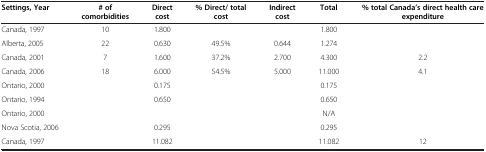
<table><thead><tr><td><b>Settings, Year</b></td><td><b># of comorbidities</b></td><td><b>Direct cost</b></td><td><b>% Direct/ total cost</b></td><td><b>Indirect cost</b></td><td><b>Total</b></td><td><b>% total Canada’s direct health care expenditure</b></td></tr></thead><tbody><tr><td>Canada, 1997</td><td>10</td><td>1.800</td><td> </td><td> </td><td>1.800</td><td> </td></tr><tr><td>Alberta, 2005</td><td>22</td><td>0.630</td><td>49.5%</td><td>0.644</td><td>1.274</td><td> </td></tr><tr><td>Canada, 2001</td><td>7</td><td>1.600</td><td>37.2%</td><td>2.700</td><td>4.300</td><td>2.2</td></tr><tr><td>Canada, 2006</td><td>18</td><td>6.000</td><td>54.5%</td><td>5.000</td><td>11.000</td><td>4.1</td></tr><tr><td>Ontario, 2000</td><td> </td><td>0.175</td><td> </td><td> </td><td>0.175</td><td> </td></tr><tr><td>Ontario, 1994</td><td> </td><td>0.650</td><td> </td><td> </td><td>0.650</td><td> </td></tr><tr><td>Ontario, 2000</td><td> </td><td> </td><td> </td><td> </td><td>N/A</td><td> </td></tr><tr><td>Nova Scotia, 2006</td><td> </td><td>0.295</td><td> </td><td> </td><td>0.295</td><td> </td></tr><tr><td>Canada, 1997</td><td> </td><td>11.082</td><td> </td><td> </td><td>11.082</td><td>12</td></tr></tbody></table>